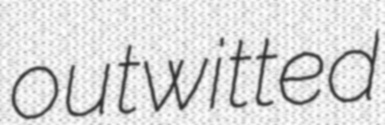
outwitted